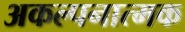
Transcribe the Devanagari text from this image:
अकल्पनात्मक